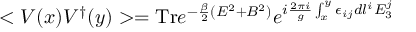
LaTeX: < V ( x ) V ^ { \dagger } ( y ) > = \mathrm { T r } e ^ { - { \frac { \beta } { 2 } } ( E ^ { 2 } + B ^ { 2 } ) } e ^ { i { \frac { 2 \pi i } { g } } \int _ { x } ^ { y } \epsilon _ { i j } d l ^ { i } E _ { 3 } ^ { j } }